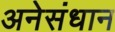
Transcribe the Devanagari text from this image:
अनेसंधान